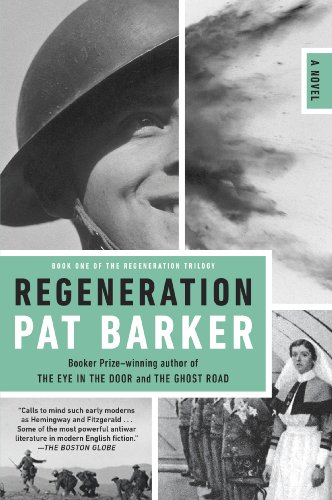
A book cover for Regeneration (Regeneration Trilogy); Pat Barker; Literature & Fiction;